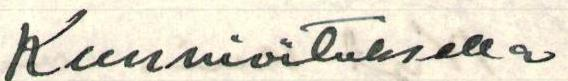
Kunnioituksella